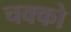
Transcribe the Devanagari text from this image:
चक्को